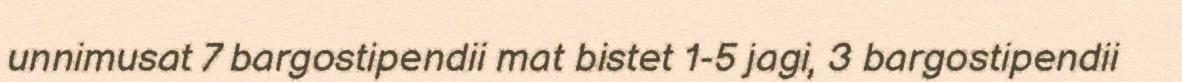
unnimusat 7 bargostipendii mat bistet 1-5 jagi, 3 bargostipendii